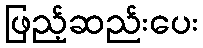
ဖြည့်ဆည်းပေး